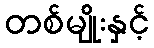
တစ်မျိုးနှင့်